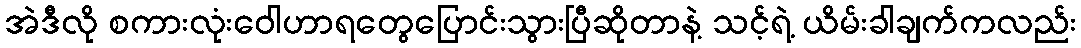
အဲဒီလို စကားလုံးဝေါဟာရတွေပြောင်းသွားပြီဆိုတာနဲ့ သင့်ရဲ့ ယိမ်းခါချက်ကလည်း